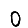
Digit: 0